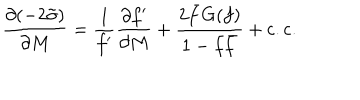
\frac { \partial ( - 2 \tilde { \sigma } ) } { \partial M } = \frac { 1 } { f ^ { \prime } } \frac { \partial f ^ { \prime } } { \partial M } + \frac { 2 \bar { f } G ( f ) } { 1 - f \bar { f } } + \mathrm { c . c . }